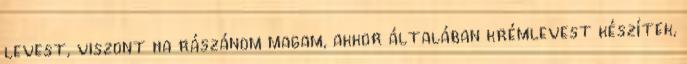
levest, viszont ha rászánom magam, akkor általában krémlevest készítek,